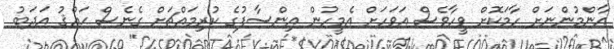
އާންމުންނަށް ހާމަކޮށް ވީހާވެސް އަވަހަށް އެމީހުން އިންސާފުގެ ކުރިމައްޗަށް ގެނެސް ޙައްޤު އަދަބު